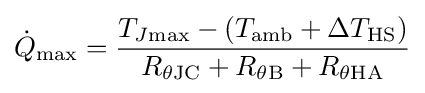
{\dot {Q}}_{\rm {max}}={{T_{J{\rm {max}}}-(T_{\rm {amb}}+\Delta T_{\rm {HS}})} \over {R_{\theta {\rm {JC}}}+R_{\theta {\rm {B}}}+R_{\theta {\rm {HA}}}}}